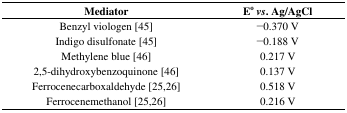
| Mediator | Eovs. Ag/AgCl |
 | --- | --- |
 | Benzyl viologen [45] | −0.370 V |
 | Indigo disulfonate [45] | −0.188 V |
 | Methylene blue [46] | 0.217 V |
 | 2,5-dihydroxybenzoquinone [46] | 0.137 V |
 | Ferrocenecarboxaldehyde [25,26] | 0.518 V |
 | Ferrocenemethanol [25,26] | 0.216 V |